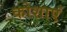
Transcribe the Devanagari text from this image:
कोशाएं